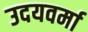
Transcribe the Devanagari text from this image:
उदयवर्मा